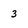
Character: 3